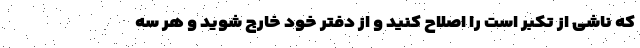
که ناشی از تکبر است را اصلاح کنید و از دفتر خود خارج شوید و هر سه